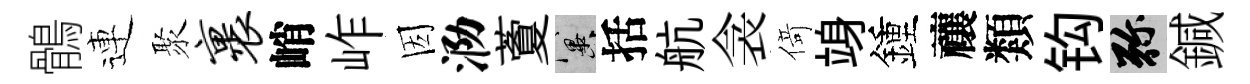
鶻連聚裹峭岞因泐藑冀括航衾𠋣竧鍾禳類钩弥鍼